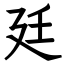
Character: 廷